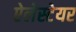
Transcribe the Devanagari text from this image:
ऐलेस्टेयर